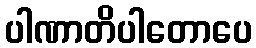
ပါဏာတိပါတောပေ